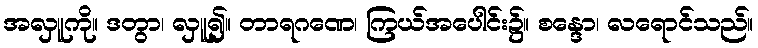
အလှူကို။ ဒတွာ၊ လှူ၍။ တာရဂဏေ၊ ကြယ်အပေါင်း၌။ စန္ဒော၊ လရောင်သည်။